Madras plague regulations and rules for the city of Madras
Disease focus: Plague
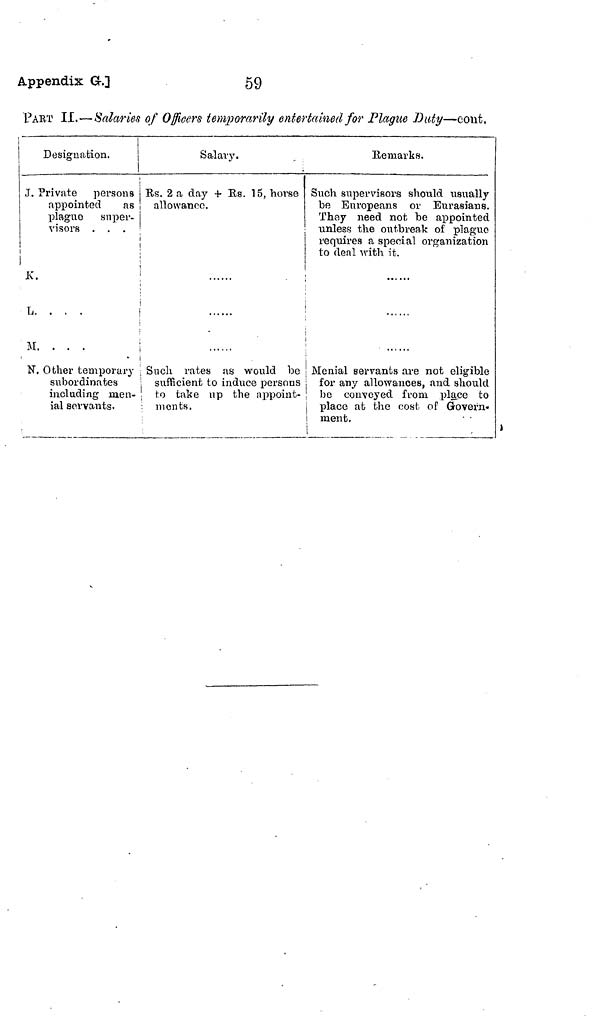
59
Appendix G-.]
PART II.—Salaries of Officers temporarily entertained for Plague Duty—cout,
Designation.
J.
i
K
L.
M
N
Private persons
appointed
as
plague super-
visors . . .
. . .
Other temporary
subordinates
including men-
ial servants.
Salary.
Es. 2 a day + Es. 15, horse
allowance.
Such rates as would be
sufficient to induce persons
to take up the appoint-
months.
Remarks.
Such supervisors should usually
be Europeans or Eurasians.
They need not be appointed
unless the outbreak of plague
requires a special organization
to deal with it.
Menial servants are not eligible
for any allowances, and should
be conveyed from place to
place at the cost of Govern«
ment.